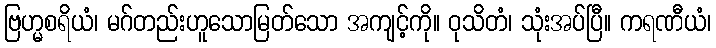
ဗြဟ္မစရိယံ၊ မဂ်တည်းဟူသောမြတ်သော အကျင့်ကို။ ဝုသိတံ၊ သုံးအပ်ပြီ။ ကရဏီယံ၊